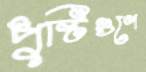
পুষ্টিগুণে